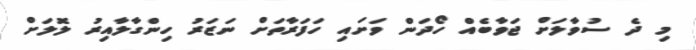
މި ދެ ސުވާލަށް ޖަވާބެއް ހޯދަން ވަށައި ހަފަރާތަށް ނަޒަރު ހިންގާލާއިރު ލޮލަށް